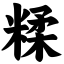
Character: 糅